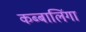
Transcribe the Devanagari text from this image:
कब्बालिंगा